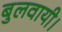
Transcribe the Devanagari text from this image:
बुलवायी।